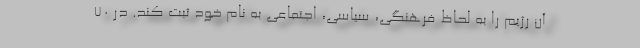
آن رژیم را به لحاظ فرهنگی، سیاسی، اجتماعی به نام خود ثبت کند. در ۷۰